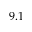
9 . 1